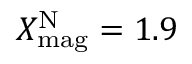
X _ { \mathrm { m a g } } ^ { \mathrm { N } } = 1 . 9